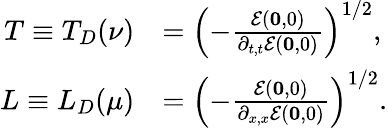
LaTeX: \begin{array}{rl}{T\equiv T_{D}(\nu)}&{=\left(-\frac{\mathcal{E}(\mathbf{0},0)}{\partial_{t,t}\mathcal{E}(\mathbf{0},0)}\right)^{1/2},}\\ {L\equiv L_{D}(\mu)}&{=\left(-\frac{\mathcal{E}(\mathbf{0},0)}{\partial_{x,x}\mathcal{E}(\mathbf{0},0)}\right)^{1/2}.}\end{array}